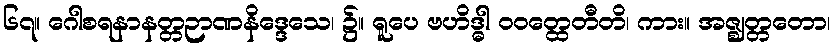
၆၇။ ဂေါစရနာနတ္တဉာဏနိဒ္ဒေသေ၊ ၌။ ရူပေ ဗဟိဒ္ဓါ ဝဝတ္ထေတီတိ၊ ကား။ အဇ္ဈတ္တတော၊